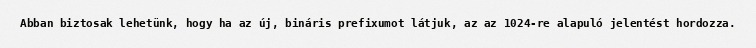
Abban biztosak lehetünk, hogy ha az új, bináris prefixumot látjuk, az az 1024-re alapuló jelentést hordozza.